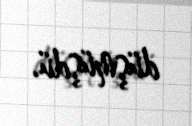
düşmüşdü.